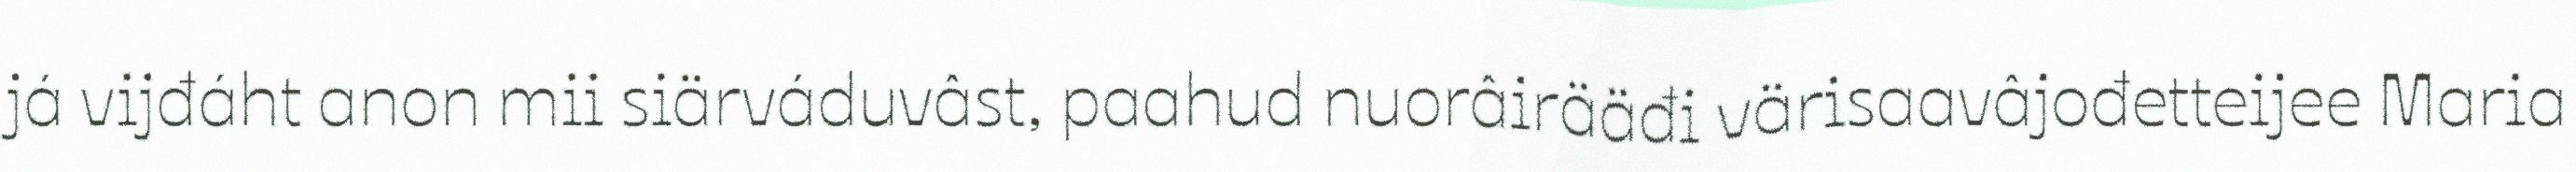
já vijđáht anon mii siärváduvâst, paahud nuorâirääđi värisaavâjođetteijee Maria